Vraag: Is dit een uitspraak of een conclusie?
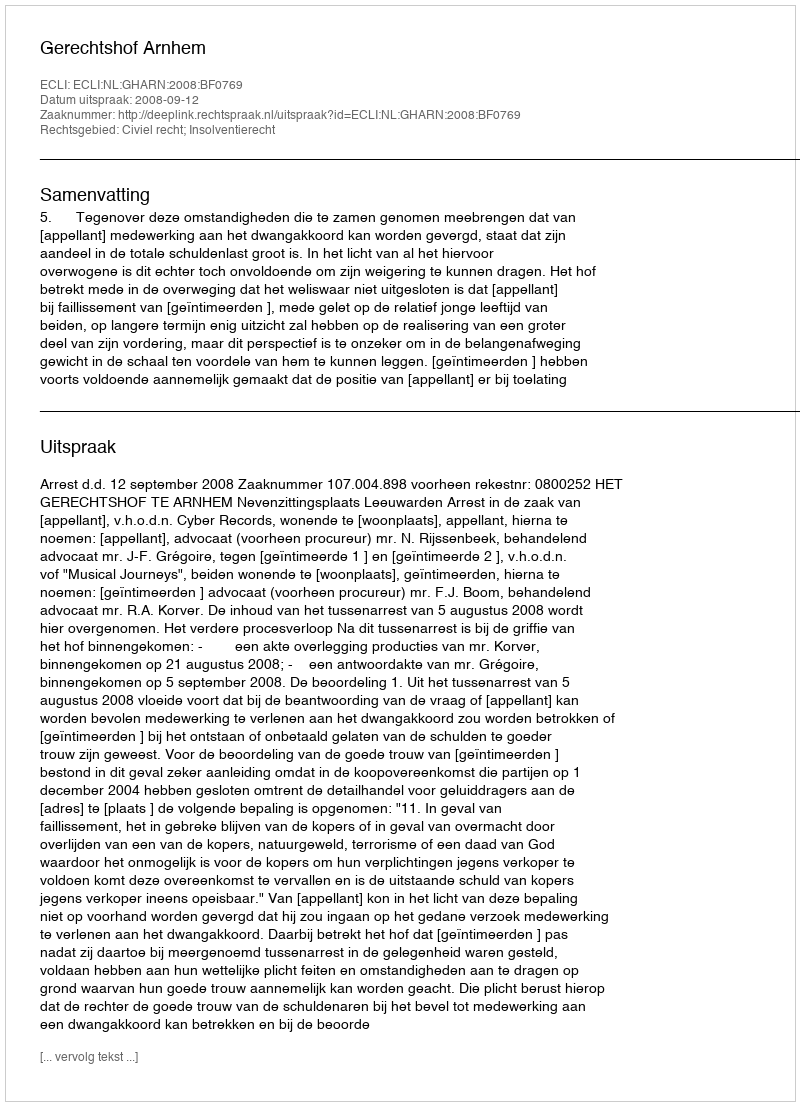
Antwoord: Uitspraak